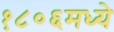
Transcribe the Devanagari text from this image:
१८०६मध्ये